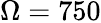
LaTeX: \Omega=750